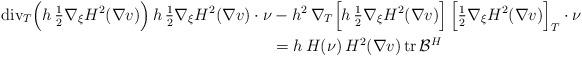
LaTeX: \begin{align*}\mathrm{div}_T\Big(h\,\tfrac{1}{2}\nabla_\xi H^2(\nabla v) \Big) \,h\,\tfrac{1}{2}\nabla_\xi H^2(\nabla v)\cdot \nu &-h^2\, \nabla_T\Big[ h\,\tfrac{1}{2}\nabla_\xi H^2(\nabla v)\Big] \,\Big[\tfrac{1}{2}\nabla_\xi H^2(\nabla v)\Big]_T\cdot \nu \\ & =h\,H(\nu)\,H^2(\nabla v)\,\mathrm{tr}\,\mathcal{B}^H\end{align*}